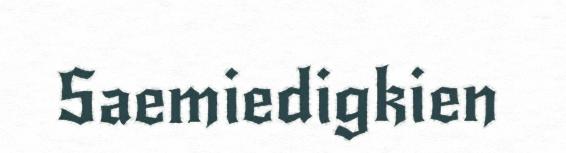
Saemiedigkien